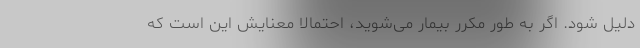
دلیل شود. اگر به طور مکرر بیمار می‌شوید، احتمالا معنایش این است که